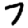
Digit: 7